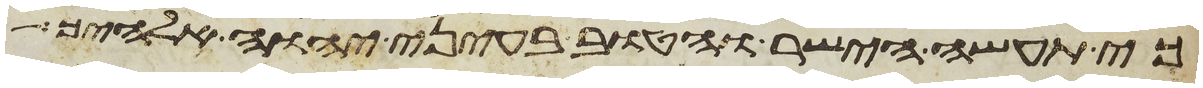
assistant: כי תעשה הישר והטוב בעיני יהוה אלהיך